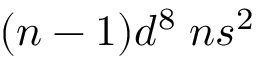
( n - 1 ) d ^ { 8 } \; n s ^ { 2 }